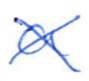
Text: a
Cross-out: cross
Writing tool: ballpoint